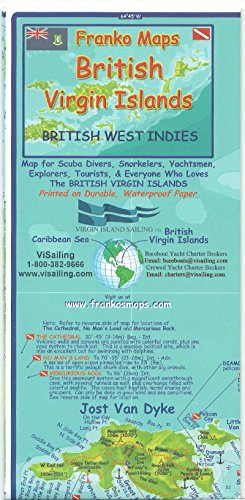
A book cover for British Virgin Islands Adventure & Dive Guide Franko Maps BVI Waterproof Map; Franko Maps Ltd.; Travel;